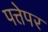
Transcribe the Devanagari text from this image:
पत्तेपर